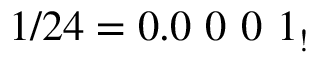
1 / 2 4 = 0 . 0 \ 0 \ 0 \ 1 _ { ! }